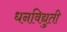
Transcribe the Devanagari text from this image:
धनविद्युती